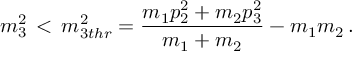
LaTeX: m _ { 3 } ^ { 2 } \, < \, m _ { 3 t h r } ^ { 2 } = \frac { m _ { 1 } p _ { 2 } ^ { 2 } + m _ { 2 } p _ { 3 } ^ { 2 } } { m _ { 1 } + m _ { 2 } } - m _ { 1 } m _ { 2 } \, .